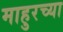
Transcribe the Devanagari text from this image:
माहुरच्या